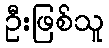
ဦးဖြစ်သူ